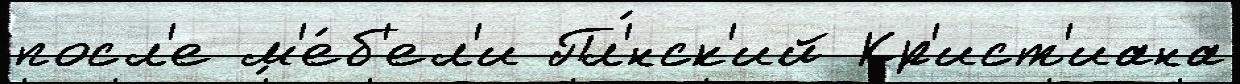
посл'е м'е́б'ел'и Пл'́нск'ий Кр'ист'иана